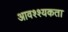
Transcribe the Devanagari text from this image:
आवश्श्यकता